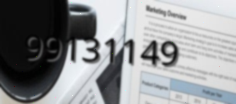
99131149